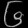
Digit: ၆